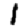
Digit: 1